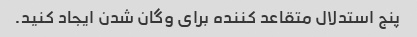
پنج استدلال متقاعد کننده برای وگان شدن ایجاد کنید.